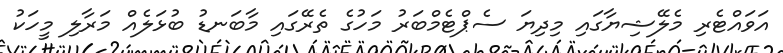
އަވައްޓެރި މެލޭޝިޔާގައި މިދިޔަ ސެޕްޓެމްބަރު މަހުގެ ތެރޭގައި މާބަނޑު ބުޅަލެއް މަރާލި މީހަކު